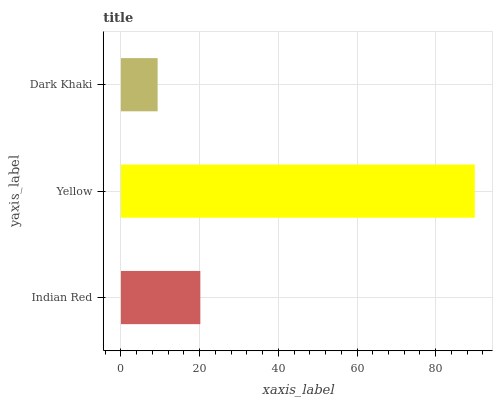
| yaxis_label | bars |
 | --- | --- |
 | Indian Red | 20.2 |
 | Yellow | 89.9 |
 | Dark Khaki | 9.33 |